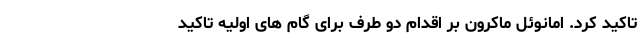
تاکید کرد. امانوئل ماکرون بر اقدام دو طرف برای گام های اولیه تاکید